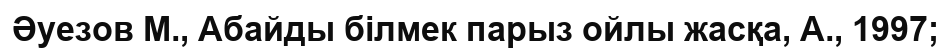
Әуезов М., Абайды білмек парыз ойлы жасқа, А., 1997;